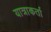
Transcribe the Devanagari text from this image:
यात्राकर्ता